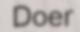
Doer